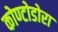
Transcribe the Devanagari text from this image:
कोण्टोडोरा